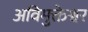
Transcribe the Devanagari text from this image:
अविमुक्तेश्वर